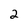
Character: 2